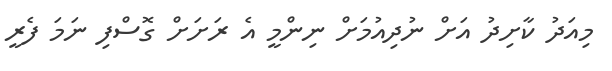
މިއަދު ކާށިދު އަށް ނުދިއުމަށް ނިންމީ އެ ރަށަށް ގޮސްފި ނަމަ ފެރީ